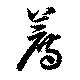
薦